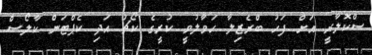
ސްކޮލާރީ އަށް ފަހު ބްރެޒިލާ ހަވާލުވީ ކުރީގެ ކޯޗު އަދި ކެޕްޓަން ކާލޯސް